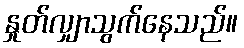
နှုတ်လျှာသွက်နေသည်။